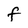
Character: f